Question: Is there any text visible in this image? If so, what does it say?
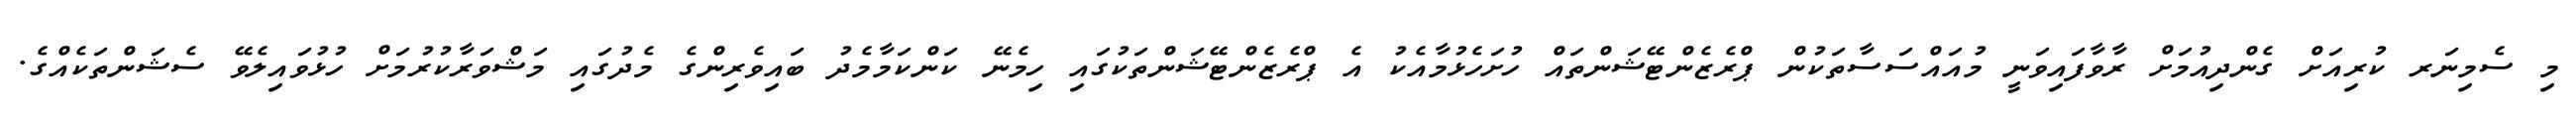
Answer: މި ސެމިނަރ ކުރިއަށް ގެންދިއުމަށް ރާވާފައިވަނީ މުއައްސަސާތަކުން ޕްރެޒެންޓޭޝަންތައް ހުށަހެޅުމާއެކު އެ ޕްރެޒެންޓޭޝަންތަކުގައި ހިމެނޭ ކަންކަމާމެދު ބައިވެރިންގެ މެދުގައި މަޝްވަރާކުރުމަށް ހުޅުވައިލެވޭ ސެޝަންތަކެއްގެ.